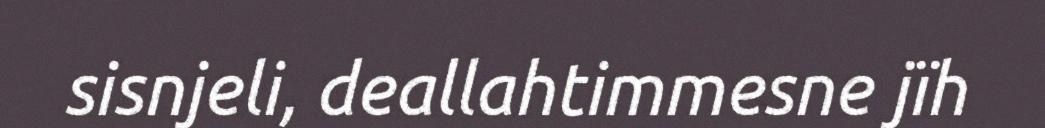
sisnjeli, deallahtimmesne jïh